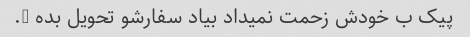
پیک ب خودش زحمت نمیداد بیاد سفارشو تحویل بده ….